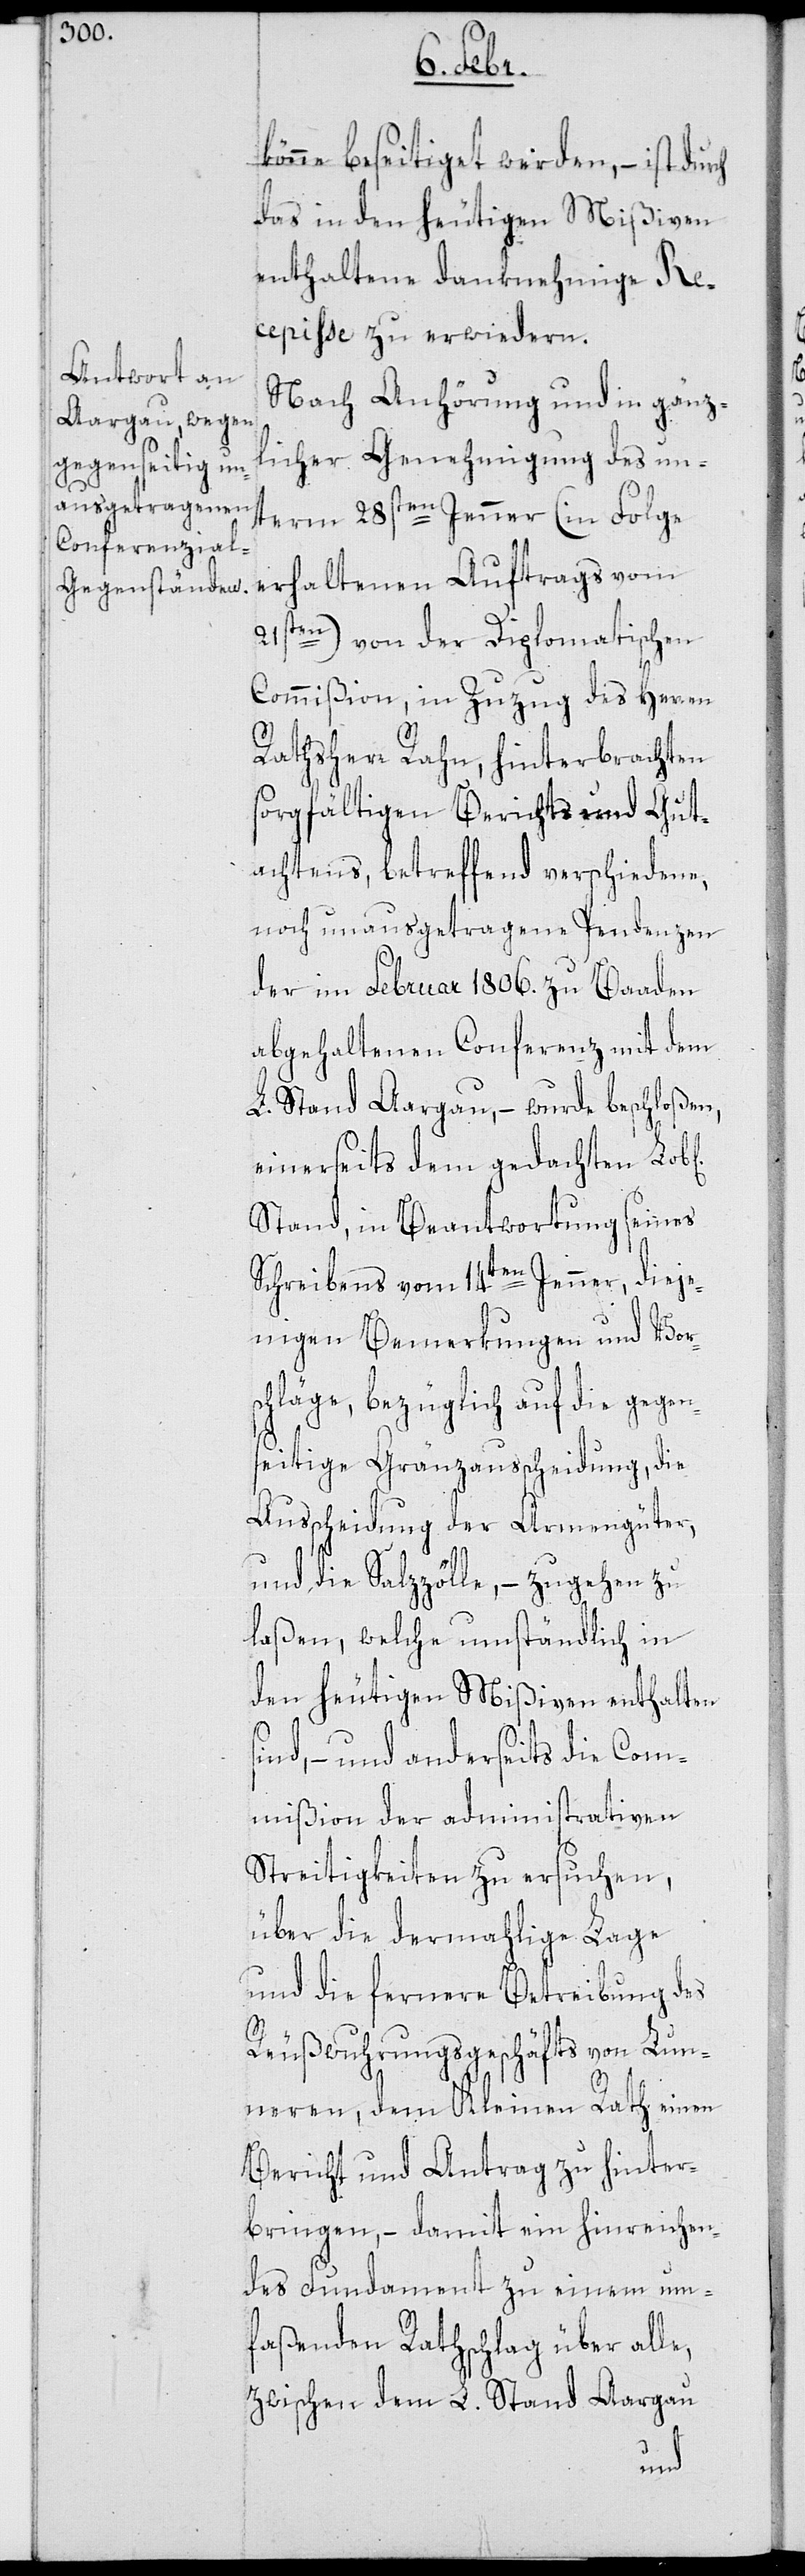
ichen]
könne beseitiget werden, – ist
das in den heutigen Mißiven
enthaltene danknehmige Re¬
cepiße zu erwiedern.
Nach Anhörung und in gänz¬
licher Genehmigung des un¬
term 28sten Jenner (in Folge
erhaltenen Auftrags vom
21sten) von der Diplomatischen
Commißion, in Zuzug des Herren
Rathsherr Rahn, hinterbrachten
sorgfältigen Berichts und Gut¬
achtens, betreffend verschiedene,
noch unausgetragene Pendenzen
der im Februar 1806. zu Baaden
abgehaltenen Conferenz mit dem
L. Stand Aargau, – wurde beschloßen,
einerseits dem gedachten Lob[l¬
Stand, in Beantwortung seines
Schreibens vom 14ten Jenner, dieje¬
nigen Bemerkungen und Vor¬
schläge, bezüglich auf die gegen¬
seitige Gränzausscheidung, die
Ausscheidung der Armengüter
und die Salzzölle, – zugehen zu
laßen, welche umständlich in
den heutigen Mißiven enthalten
sind, – und anderseits die Com¬
mißion der administrativen
Streitigkeiten zu ersuchen,
über die dermahlige Lage
und die fernere Betreibung des
Reußwuhrungsgeschäfts von Lun¬
neren, dem Kleinen Rath einen
Bericht und Antrag zu hinter¬
bringen, – damit ein hinreichen¬
des Fundament zu einem um¬
faßenden Rathschlag über alle,
zwischen dem L. Stand Aargau